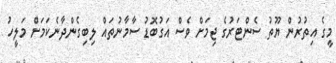
މީގެ އިތުރުން ޔޫތު ސެންޓަރުގެ ޖިމަށް ވެސް އަގުބޮޑު ސާމާނުތައް ލިބިގެންދާނެކަމަށް މަލީހު